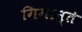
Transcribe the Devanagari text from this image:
गिगान्ते